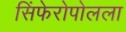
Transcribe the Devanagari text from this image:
सिंफेरोपोलला